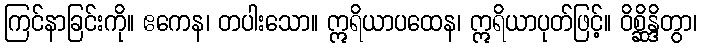
ကြင်နာခြင်းကို။ ဧကေန၊ တပါးသော။ ဣရိယာပထေန၊ ဣရိယာပုတ်ဖြင့်။ ဝိစ္ဆိန္ဒိတွာ၊